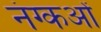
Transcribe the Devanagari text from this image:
नंग्‍कओं